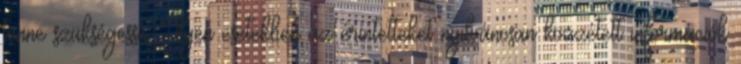
tenne szükségessé. Ilyen esetekben az érintetteket nyilvánosan közzétett információk